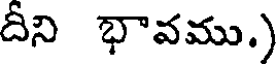
దీని భావము.)